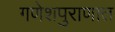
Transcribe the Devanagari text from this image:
गणेशपुराणात